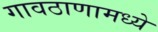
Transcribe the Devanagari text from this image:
गावठाणामध्ये